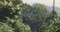
વિહવળ